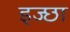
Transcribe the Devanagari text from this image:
इज्छा